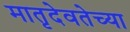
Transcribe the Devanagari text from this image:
मातृदेवतेच्या